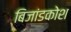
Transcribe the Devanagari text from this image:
बिजांडकोश